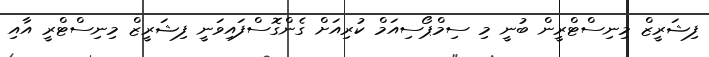
ފިޝަރީޒް މިނިސްޓްރީން ބުނީ މި ސިމްޕޯސިއަމް ކުރިއަށް ގެންގޮސްފައިވަނީ ފިޝަރީޒް މިނިސްޓްރީ އާއި